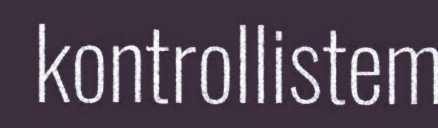
kontrollistem